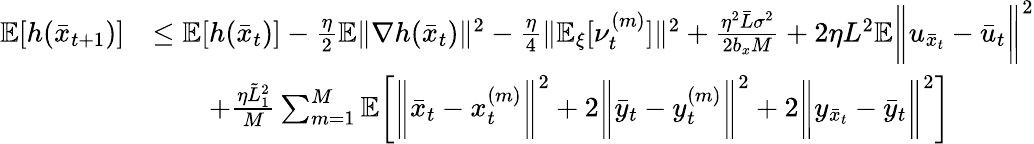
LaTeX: \begin{array}{rl}{\mathbb{E}[h(\bar{x}_{t+1})]}&{\leq\mathbb{E}[h(\bar{x}_{t})]-\frac{\eta}{2}\mathbb{E}\| \nabla h(\bar{x}_{t})\| ^{2}-\frac{\eta}{4}\| \mathbb{E}_{\xi}[\nu_{t}^{(m)}]\| ^{2}+\frac{\eta^{2}\bar{L}\sigma^{2}}{2b_{x}M}+2\eta L^{2}\mathbb{E}\bigg\| u_{\bar{x}_{t}}-\bar{u}_{t}\bigg\| ^{2}}\\ &{\qquad+\frac{\eta\tilde{L}_{1}^{2}}{M}\sum_{m=1}^{M}\mathbb{E}\bigg[\bigg\| \bar{x}_{t}-x_{t}^{(m)}\bigg\| ^{2}+2\bigg\| \bar{y}_{t}-y_{t}^{(m)}\bigg\| ^{2}+2\bigg\| y_{\bar{x}_{t}}-\bar{y}_{t}\bigg\| ^{2}\bigg]}\end{array}